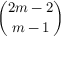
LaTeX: \binom { 2 m - 2 } { m - 1 }